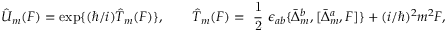
\hat { U } _ { m } ( F ) = \mathrm { e x p } \{ ( \hbar / i ) \hat { T } _ { m } ( F ) \} , \qquad \hat { T } _ { m } ( F ) = \mathrm { ~ \frac { 1 } { 2 } ~ } \epsilon _ { a b } \{ \bar { \Delta } _ { m } ^ { b } , [ \bar { \Delta } _ { m } ^ { a } , F ] \} + ( i / \hbar ) ^ { 2 } m ^ { 2 } F ,